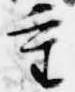
重